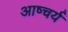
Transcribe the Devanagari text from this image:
आष्चर्य